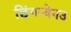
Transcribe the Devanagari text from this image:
छिंगन्येनउ